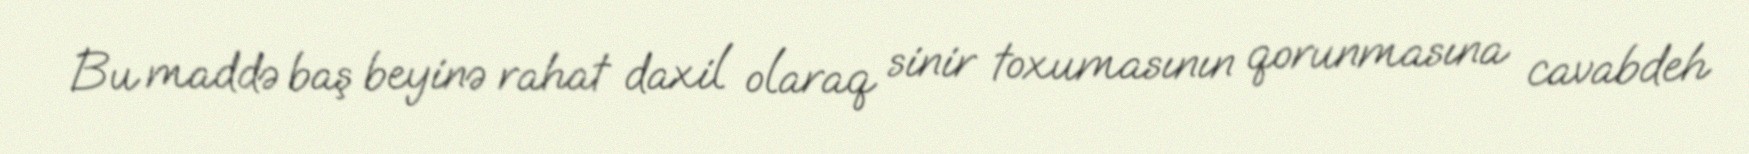
Bu maddə baş beyinə rahat daxil olaraq sinir toxumasının qorunmasına cavabdeh